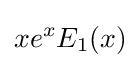
xe^{x}E_{1}(x)